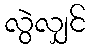
လွဲလျှင်